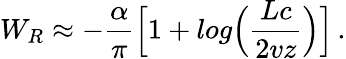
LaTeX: W_{R}\approx-{\frac{\alpha}{\pi}}\Bigl[1+log\Bigl({\frac{Lc}{2vz}}\Bigr)\Bigr]\, .